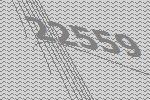
22559